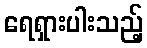
ရေရှားပါးသည့်